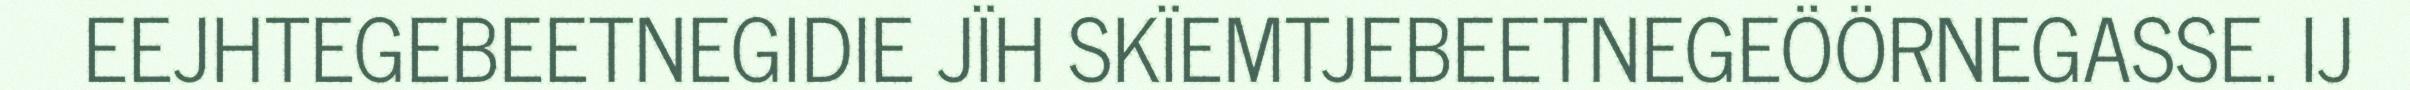
EEJHTEGEBEETNEGIDIE JÏH SKÏEMTJEBEETNEGEÖÖRNEGASSE. IJ